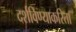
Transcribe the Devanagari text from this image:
दर्शविण्याकरिता